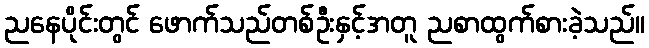
ညနေပိုင်းတွင် ဖောက်သည်တစ်ဦးနှင့်အတူ ညစာထွက်စားခဲ့သည်။